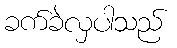
ခက်ခဲလှပါသည်